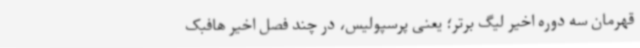
قهرمان سه‌ دوره اخیر لیگ برتر؛ یعنی پرسپولیس، در چند فصل اخیر هافبک